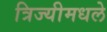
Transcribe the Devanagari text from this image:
त्रिज्यीमधले